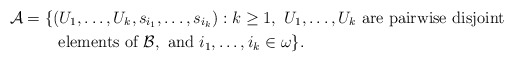
\begin{align*}\mathcal{A} = \{ & (U_1,\ldots,U_k, s_{i_1},\ldots,s_{i_k}): k\geq 1,\ U_1,\ldots,U_k \mbox{ are pairwise disjoint }\\ & \mbox{ elements of } \mathcal{B}, \mbox{ and } i_1,\ldots,i_k\in\omega \}.\end{align*}